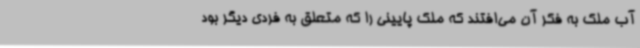
آب ملک به فکر آن می‌افتند که ملک پایینی را که متعلق به فردی دیگر بود